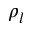
\rho _ { l }